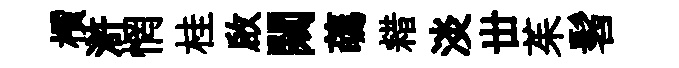
檟滸惘桂啟闚蘤耤淡丗茱髫